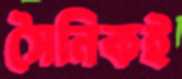
সৈনিকই